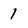
Character: 1